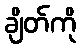
ချိတ်ကို